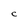
Character: C